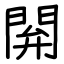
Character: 閞